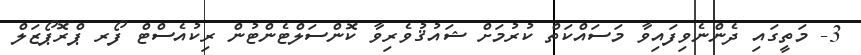
3- މަތީގައި ދެންނެވިފައިވާ މަސައްކަތް ކުރުމަށް ޝައުޤުވެރިވާ ކޮންސަލްޓެންޓުން ރިކުއެސްޓް ފޯރ ޕްރޮޕޯޒަލް